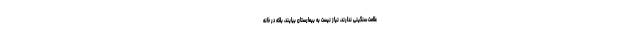
علامت سنگینی ندارند، نیاز نیست به بیمارستان بیایند، بلکه در خانه